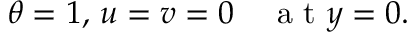
\theta = 1 , \, u = v = 0 \quad \mathrm { ~ a ~ t ~ } y = 0 .